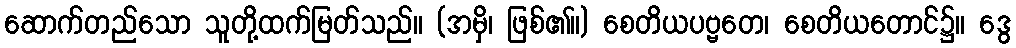
ဆောက်တည်သော သူတို့ထက်မြတ်သည်။ (အမှိ၊ ဖြစ်၏။) စေတိယပဗ္ဗတေ၊ စေတိယတောင်၌။ ဒွေ